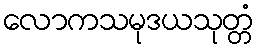
လောကသမုဒယသုတ္တံ